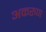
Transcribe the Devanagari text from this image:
अकरुण